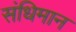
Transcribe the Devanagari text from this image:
संधिमान